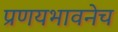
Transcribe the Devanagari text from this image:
प्रणयभावनेच